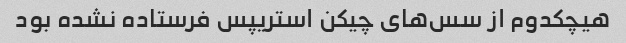
هیچکدوم از سس‌های چیکن استریپس فرستاده نشده بود